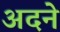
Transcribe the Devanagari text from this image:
अदने